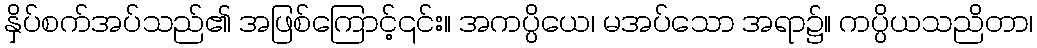
နှိပ်စက်အပ်သည်၏ အဖြစ်ကြောင့်၎င်း။ အကပ္ပိယေ၊ မအပ်သော အရာ၌။ ကပ္ပိယသညိတာ၊